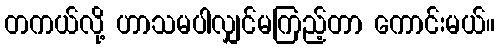
တကယ်လို့ ဟာသမပါလျှင်မကြည့်တာ ကောင်းမယ်။